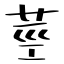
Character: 莖